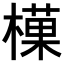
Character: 𪳰